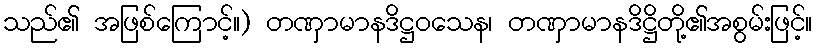
သည်၏ အဖြစ်ကြောင့်။) တဏှာမာနဒိဋ္ဌဝသေန၊ တဏှာမာနဒိဋ္ဌိတို့၏အစွမ်းဖြင့်။